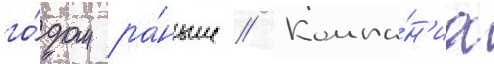
го́дом ра́ньше // Компа́н'иа